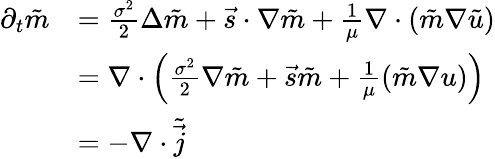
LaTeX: \begin{array}{rl}{\partial_{t}\tilde{m}}&{=\frac{\sigma^{2}}{2}\Delta\tilde{m}+\vec{s}\cdot\nabla\tilde{m}+\frac{1}{\mu}\nabla\cdot(\tilde{m}\nabla\tilde{u})}\\ &{=\nabla\cdot\left(\frac{\sigma^{2}}{2}\nabla\tilde{m}+\vec{s}\tilde{m}+\frac{1}{\mu}(\tilde{m}\nabla u)\right)}\\ &{=-\nabla\cdot\tilde{\vec{j}}}\end{array}